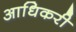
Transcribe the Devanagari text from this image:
आधिकरी